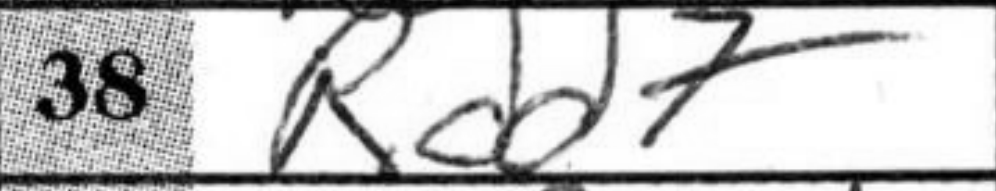
Transcription: Rdd7